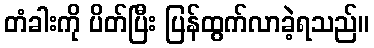
တံခါးကို ပိတ်ပြီး ပြန်ထွက်လာခဲ့ရသည်။